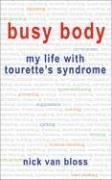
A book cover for Busy Body: My Life with Tourette's Syndrome; Nick van Bloss; Health, Fitness & Dieting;